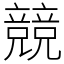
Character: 競